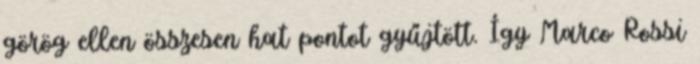
görög ellen összesen hat pontot gyűjtött. Így Marco Rossi